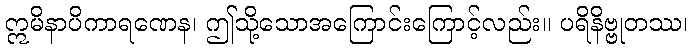
ဣမိနာပိကာရဏေန၊ ဤသို့သောအကြောင်းကြောင့်လည်း။ ပရိနိဗ္ဗုတဿ၊